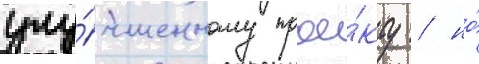
улу́чшенному прое́кту / но́